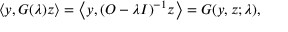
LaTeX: \langle y , G ( \lambda ) z \rangle = \left\langle y , ( O - \lambda I ) ^ { - 1 } z \right\rangle = G ( y , z ; \lambda ) ,